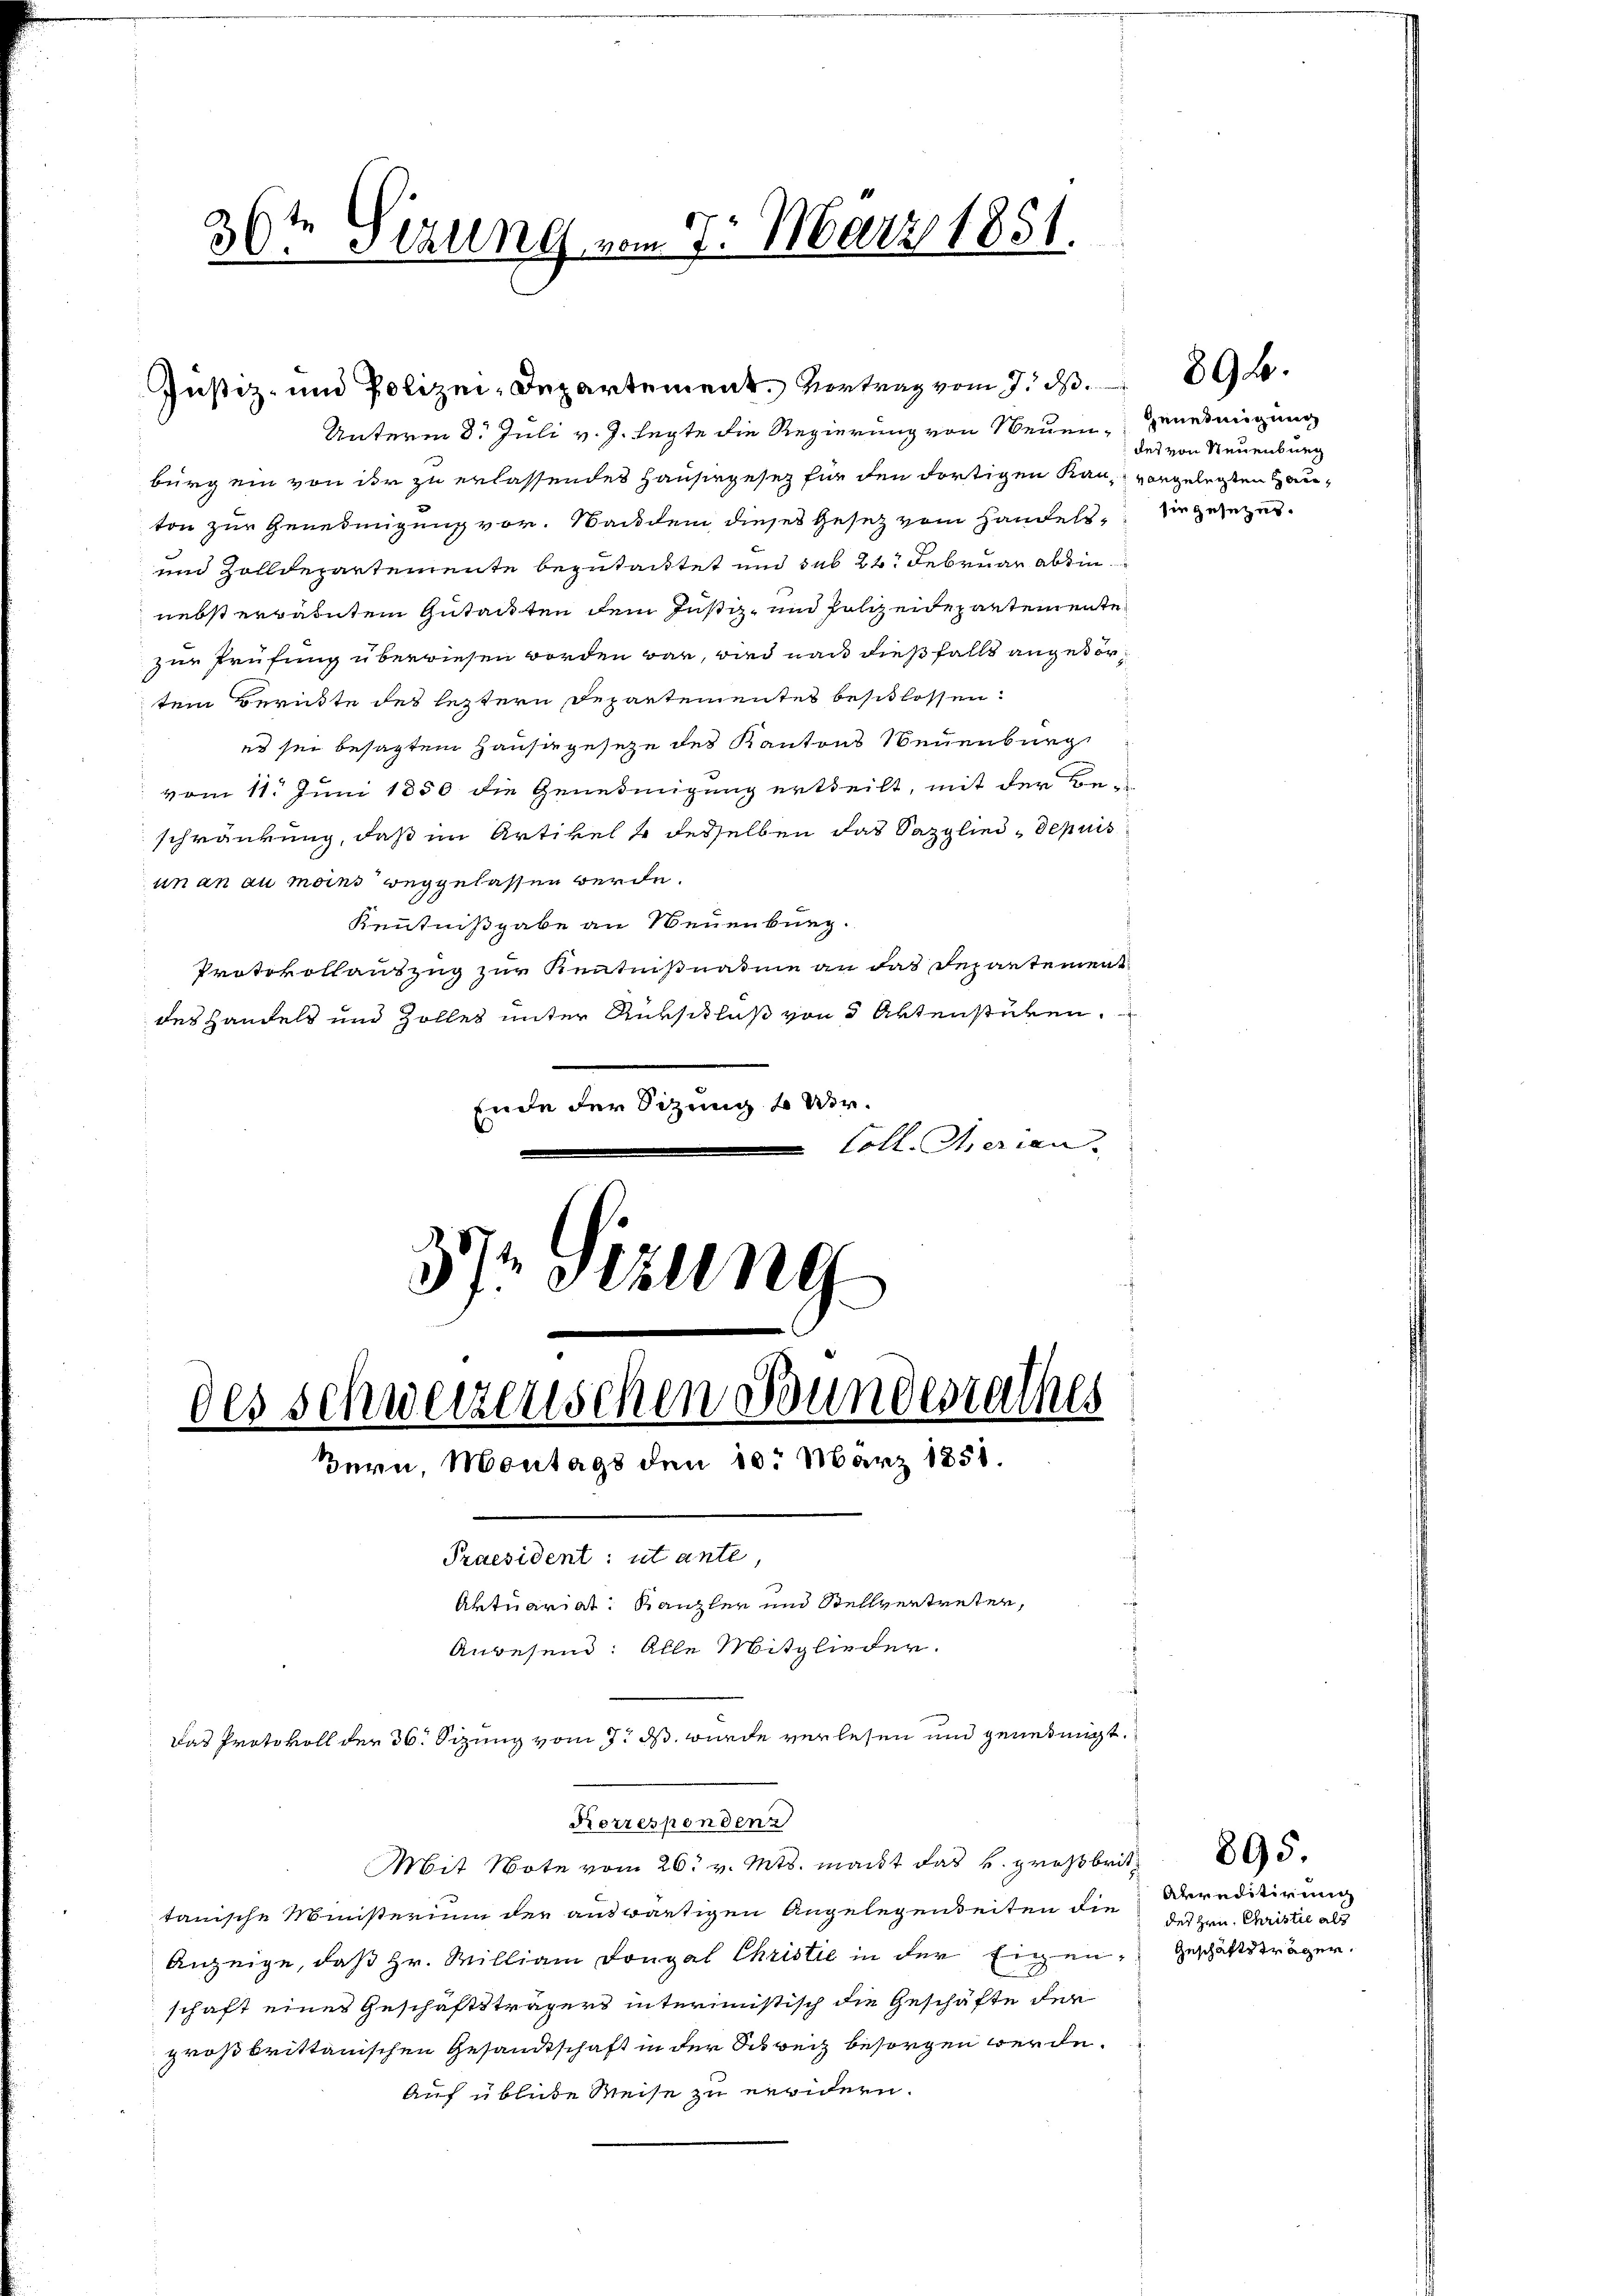
36te Serung vom 7. März 1851.

Unterm 8. Juli v. J. legte die Regierung von Neuen Genehmigung
burg ein von der zu erlassendes Hausergesetz für den dortigen Kau, vorgelegten Hauton zur Genehmigung vor. Nachdem dieses Gesetz vom Handels, sie gesetzes.
und Zolldepartemente begutachtet und sub 24. Februar absin
nebst erwähnten Gutackten dem Justiz- und Polizeidepartemente
zur Prüfung überwiesen worden war, wird nach dießfalls angedertem Berichte des leztern Departementes beschlossen:
es sei besagten Hause geseze des Kantons Neuenburg
vom 11. Juni 1850 die Genehmigung ertheilt, mit der Be-
schränkung, daß im Artikel & desselben das Sazglied - depuis
un an au moins weggelassen werde.
Kenntnißgabe an Neuenburg.
Protokollauszug zur Kenntnißnahme an das Departement
des Handels und Zolles unter Rükschluß von 5 Aktenstüken.
Ende der Sitzung 4 Wir¬
Coll. Iherian.
37 in

des Schweizerischen Bundesrathes

M.5
tanische Ministerium der auswärtigen Angelegenheiten die
Anzeige, daß Hr. William Dongal Christie in der Eigen, Geschäftsträger.
schaft eines Geschäftsträgers interimistisch die Geschäfte der
großbrittanischen Gesandtschaft in der Schweiz besorgen werde.
Auf übende Weise zu erwidern.

Bern, Montags den 10. März 1858.
Praesident: ut ante,
Aktuariat Kanzler und Stellvertreten,
Anwesend: Alle Mitglieder.
Das Protokoll der 36. Sizung vom 7. ds. wurde verlesen und genehmigt.

Korrespondenz

Justiz- und Polizei-Departement. Vortrag vom 7. d. 9.

des von Neuenburg

Apreditirung
des Hrn. Christie als